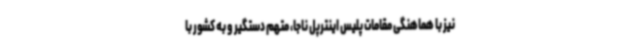
نیز با هماهنگی مقامات پلیس اینترپل ناجا، متهم دستگیر و به کشور با